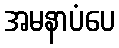
အမနာပံပေ